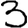
Digit: 3